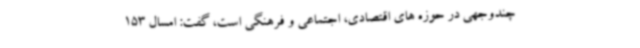
چندوجهی در حوزه های اقتصادی، اجتماعی و فرهنگی است، گفت: امسال 153